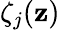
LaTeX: \zeta_{j}(\mathbf{z})